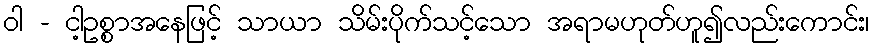
ဝါ - ငါ့ဥစ္စာအနေဖြင့် သာယာ သိမ်းပိုက်သင့်သော အရာမဟုတ်ဟူ၍လည်းကောင်း၊